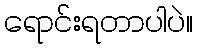
ရောင်းရတာပါပဲ။